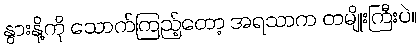
နွားနို့ကို သောက်ကြည့်တော့ အရသာက တမျိုးကြီးပဲ။